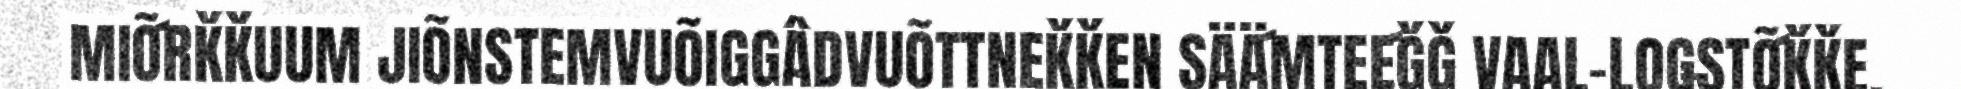
MIÕ´RǨǨUUM JIÕNSTEMVUÕIGGÂDVUÕTTNEǨǨEN SÄÄ´MTEE´ǦǦ VAAL-LOǤSTÕ´ǨǨE.